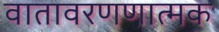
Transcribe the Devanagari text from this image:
वातावरणणात्मक